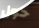
حول